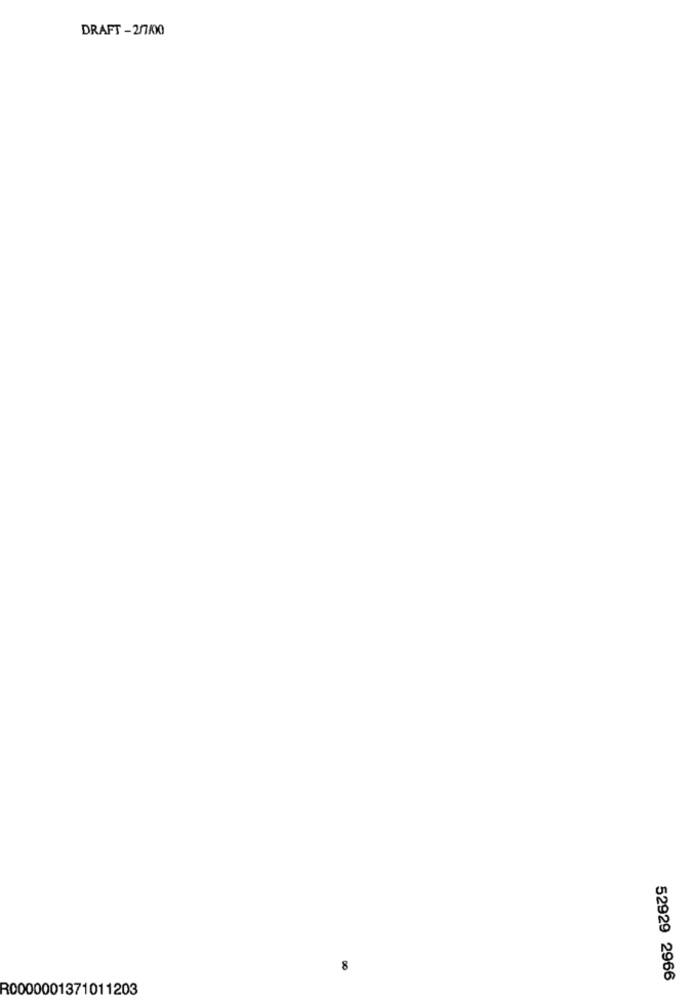
DRAFT - 2/7/00
8
52929 2966
R0000001371011203